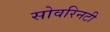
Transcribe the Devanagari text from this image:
सोवरिनटी